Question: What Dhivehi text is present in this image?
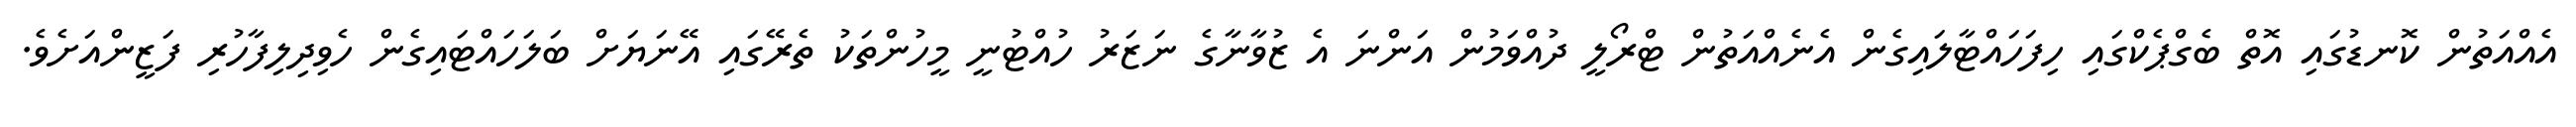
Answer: އެއްއަތުން ކޮނޑުގައި އޮތް ބެގްޕެކްގައި ހިފަހައްޓާލައިގެން އެނެއްއަތުން ޓްރޯލީ ދުއްވަމުން އަންނަ އެ ޒުވާނާގެ ނަޒަރު ހުއްޓުނީ މީހުންތަކު ތެރޭގައި އޭނަޔަށް ބަލަހައްޓައިގެން ހެވިދިލިފާހުރި ފަޒީންއަށެވެ.